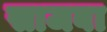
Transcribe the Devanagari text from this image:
साजबा